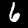
Label: 6